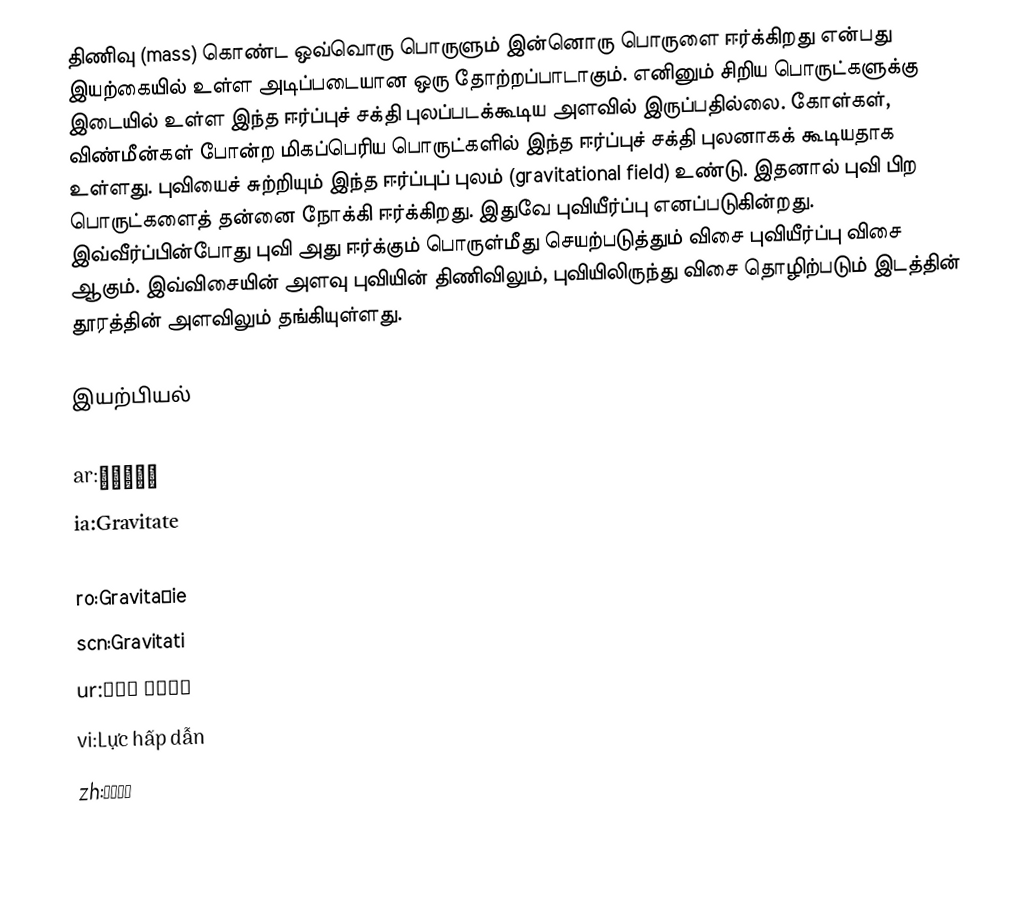
திணிவு (mass) கொண்ட ஒவ்வொரு பொருளும் இன்னொரு பொருளை ஈர்க்கிறது என்பது இயற்கையில் உள்ள அடிப்படையான ஒரு தோற்றப்பாடாகும். எனினும் சிறிய பொருட்களுக்கு இடையில் உள்ள இந்த ஈர்ப்புச் சக்தி புலப்படக்கூடிய அளவில் இருப்பதில்லை. கோள்கள், விண்மீன்கள் போன்ற மிகப்பெரிய பொருட்களில் இந்த ஈர்ப்புச் சக்தி புலனாகக் கூடியதாக உள்ளது. புவியைச் சுற்றியும் இந்த ஈர்ப்புப் புலம் (gravitational field) உண்டு. இதனால் புவி பிற பொருட்களைத் தன்னை நோக்கி ஈர்க்கிறது. இதுவே புவியீர்ப்பு எனப்படுகின்றது. இவ்வீர்ப்பின்போது புவி அது ஈர்க்கும் பொருள்மீது செயற்படுத்தும் விசை புவியீர்ப்பு விசை ஆகும். இவ்விசையின் அளவு புவியின் திணிவிலும், புவியிலிருந்து விசை தொழிற்படும் இடத்தின் தூரத்தின் அளவிலும் தங்கியுள்ளது.

இயற்பியல்

ar:ثقالة
ia:Gravitate
it:Forza di gravità
ro:Gravitaţie
scn:Gravitati
ur:کششِ ثقل
vi:Lực hấp dẫn
zh:万有引力